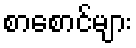
စာစောင်များ